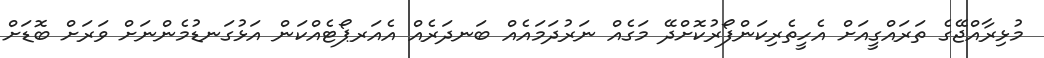
މުޅިރާއްޖޭގެ ތަރައްގީއަށް އެހީތެރިކަންފޯރުކޮށްދޭ މަގެއް ނަރުދަމައެއް ބަނދަރެއް އެއަރޕޯޓެއްކަން އަޅުގަނޑުމެންނަށް ވަރަށް ބޮޑަށް